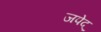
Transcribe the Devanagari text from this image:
जपेद्